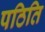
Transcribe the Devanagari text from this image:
पठिति